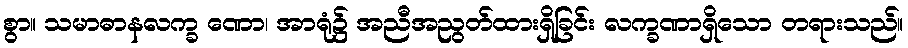
စွာ။ သမာဓာနလက္ခ ဏော၊ အာရုံ၌ အညီအညွတ်ထားရှိခြင်း လက္ခဏာရှိသော တရားသည်။